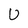
Character: U